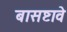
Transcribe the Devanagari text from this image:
बासष्टावे